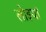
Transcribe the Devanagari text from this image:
लोइयां